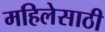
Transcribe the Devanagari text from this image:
महिलेसाठी